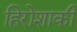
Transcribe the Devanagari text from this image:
हिरोशाकी